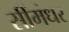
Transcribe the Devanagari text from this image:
सींमंधर